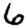
Digit: 6